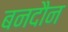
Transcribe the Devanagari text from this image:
बनदौन